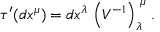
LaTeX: \tau ^ { \prime } ( d x ^ { \mu } ) = { } d x ^ { \lambda } \, \left( V ^ { - 1 } \right) _ { \lambda } ^ { \, \, \mu } \, .